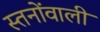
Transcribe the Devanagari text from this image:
स्तनोंवाली